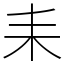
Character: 耒